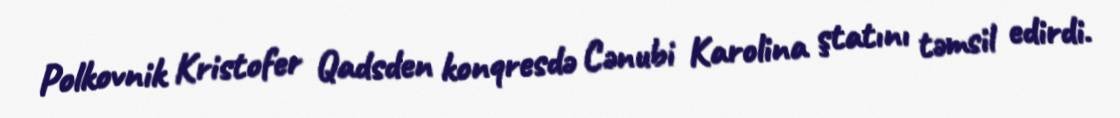
Polkovnik Kristofer Qadsden konqresdə Cənubi Karolina ştatını təmsil edirdi.